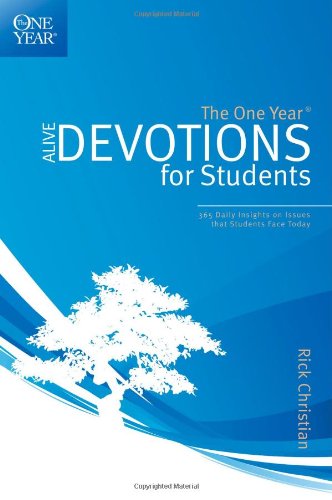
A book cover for The One Year Alive Devotions for Students; Rick Christian; Christian Books & Bibles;